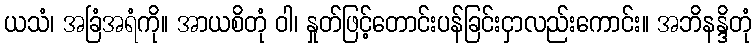
ယသံ၊ အခြံအရံကို။ အာယစိတုံ ဝါ၊ နှုတ်ဖြင့်တောင်းပန်ခြင်းငှာလည်းကောင်း။ အဘိနန္ဒိတုံ